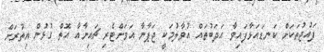
ފައުޖުތަކަށް ކަނޑައަޅާފައިވާ އަދަބުތައް އުވާލުމަކީ ޖަޕާނާ އަވަށްޓެރި ޗައިނާއާ އޮތް ގުޅުން އިތުރަށް